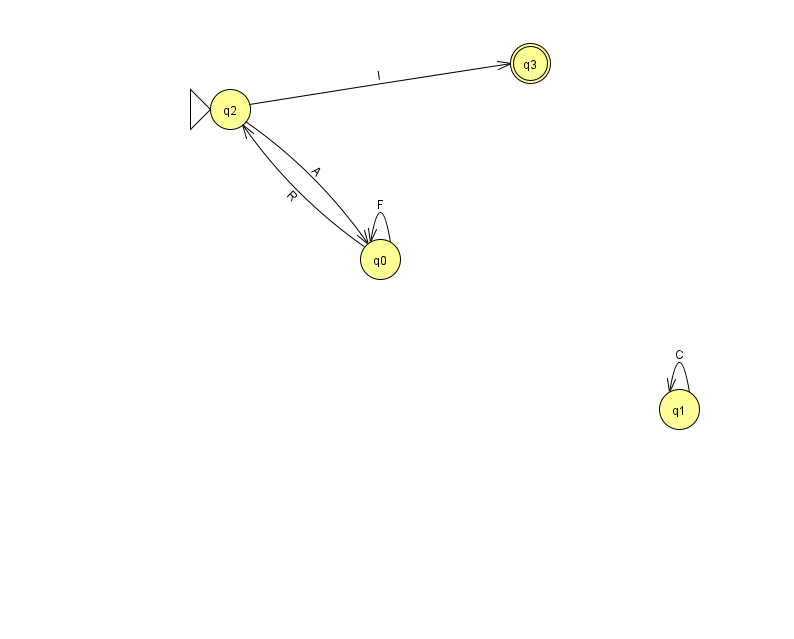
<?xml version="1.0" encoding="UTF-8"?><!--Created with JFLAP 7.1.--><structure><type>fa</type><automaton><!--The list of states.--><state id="0" name="q0"><x>380.0</x><y>246.0</y></state><state id="1" name="q1"><x>679.0</x><y>396.0</y></state><state id="2" name="q2"><x>230.0</x><y>96.0</y><initial/></state><state id="3" name="q3"><x>530.0</x><y>50.0</y><final/></state><!--The list of transitions.--><transition><from>1</from><to>1</to><read>C</read></transition><transition><from>2</from><to>0</to><read>A</read></transition><transition><from>0</from><to>0</to><read>F</read></transition><transition><from>0</from><to>2</to><read>R</read></transition><transition><from>2</from><to>3</to><read>l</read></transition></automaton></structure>